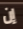
إن